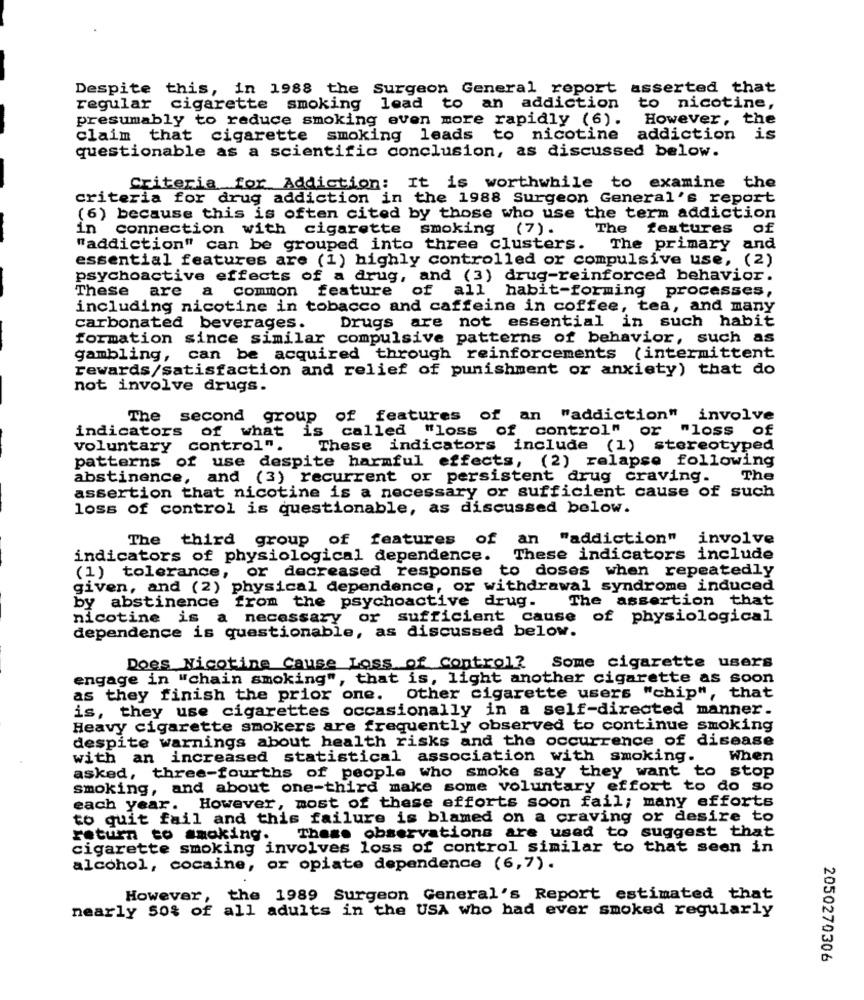
Despite this, in 1988 the Surgeon General report asserted that
regular cigarette smoking lead to an addiction
to nicotine,
presumably to reduce smoking even more rapidly (6).
However, the
claim that cigarette smoking leads to nicotine
addiction is
questionable as a scientific conclusion, as discussed below.
Criteria for Addiction: It is worthwhile to examine the
criteria for drug addiction in the 1988 Surgeon General's report
(6) because this is often cited by those who use the term addiction
in connection with cigarette smoking (7) .
The features of
"addiction" can be grouped into three clusters.
The primary and
essential features are (1) highly controlled or compulsive use, (2)
psychoactive effects of a drug, and (3) drug-reinforced behavior.
These are a common feature of all habit-forming processes,
including nicotine in tobacco and caffeine in coffee, tea, and many
Drugs are not essential in such habit
carbonated beverages.
formation since similar compulsive patterns of behavior, such as
gambling, can be acquired through reinforcements (intermittent
rewards/satisfaction and relief of punishment or anxiety) that do
not involve drugs.
The second group of features of an "addiction"
involve
indicators of what is called "loss of control" or
"loss of
voluntary control".
These indicators include (1) stereotyped
patterns of use despite harmful effects, (2) relapse following
abstinence, and (3) recurrent or persistent drug craving.
The
assertion that nicotine is a necessary or sufficient cause of such
loss of control is questionable, as discussed below.
The third group of features of an "addiction"
involve
indicators of physiological dependence.
These indicators include
(1) tolerance, or decreased response to doses when repeatedly
given, and (2) physical dependence, or withdrawal syndrome induced
by abstinence from the psychoactive drug. The assertion that
nicotine is a necessary or sufficient cause of physiological
dependence is questionable, as discussed below.
Does Nicotine Cause Loss of Control? Some cigarette users
engage in "chain smoking", that is, light another cigarette as soon
as they finish the prior one. Other cigarette users "chip", that
is, they use cigarettes occasionally in a self-directed manner.
Heavy cigarette smokers are frequently observed to continue smoking
despite warnings about health risks and the occurrence of disease
with an increased statistical association with smoking.
When
asked, three-fourths of people who smoke say they want to
to stop
smoking, and about one-third make some voluntary effort to do so
each year. However, most of these efforts soon fail; many efforts
to quit fail and this failure is blamed on a craving or desire to
These observations are used to suggest that
return to smoking.
cigarette smoking involves loss of control similar to that seen in
alcohol, cocaine, or opiate dependence (6,7).
However, the 1989 Surgeon General's Report estimated that
nearly 50% of all adults in the USA who had ever smoked regularly
2050270306